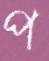
প